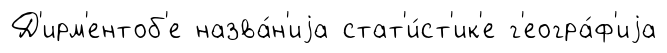
Д'ирм'ентоб'е назва́н'иjа стат'и́ст'ик'е г'еогра́ф'иjа